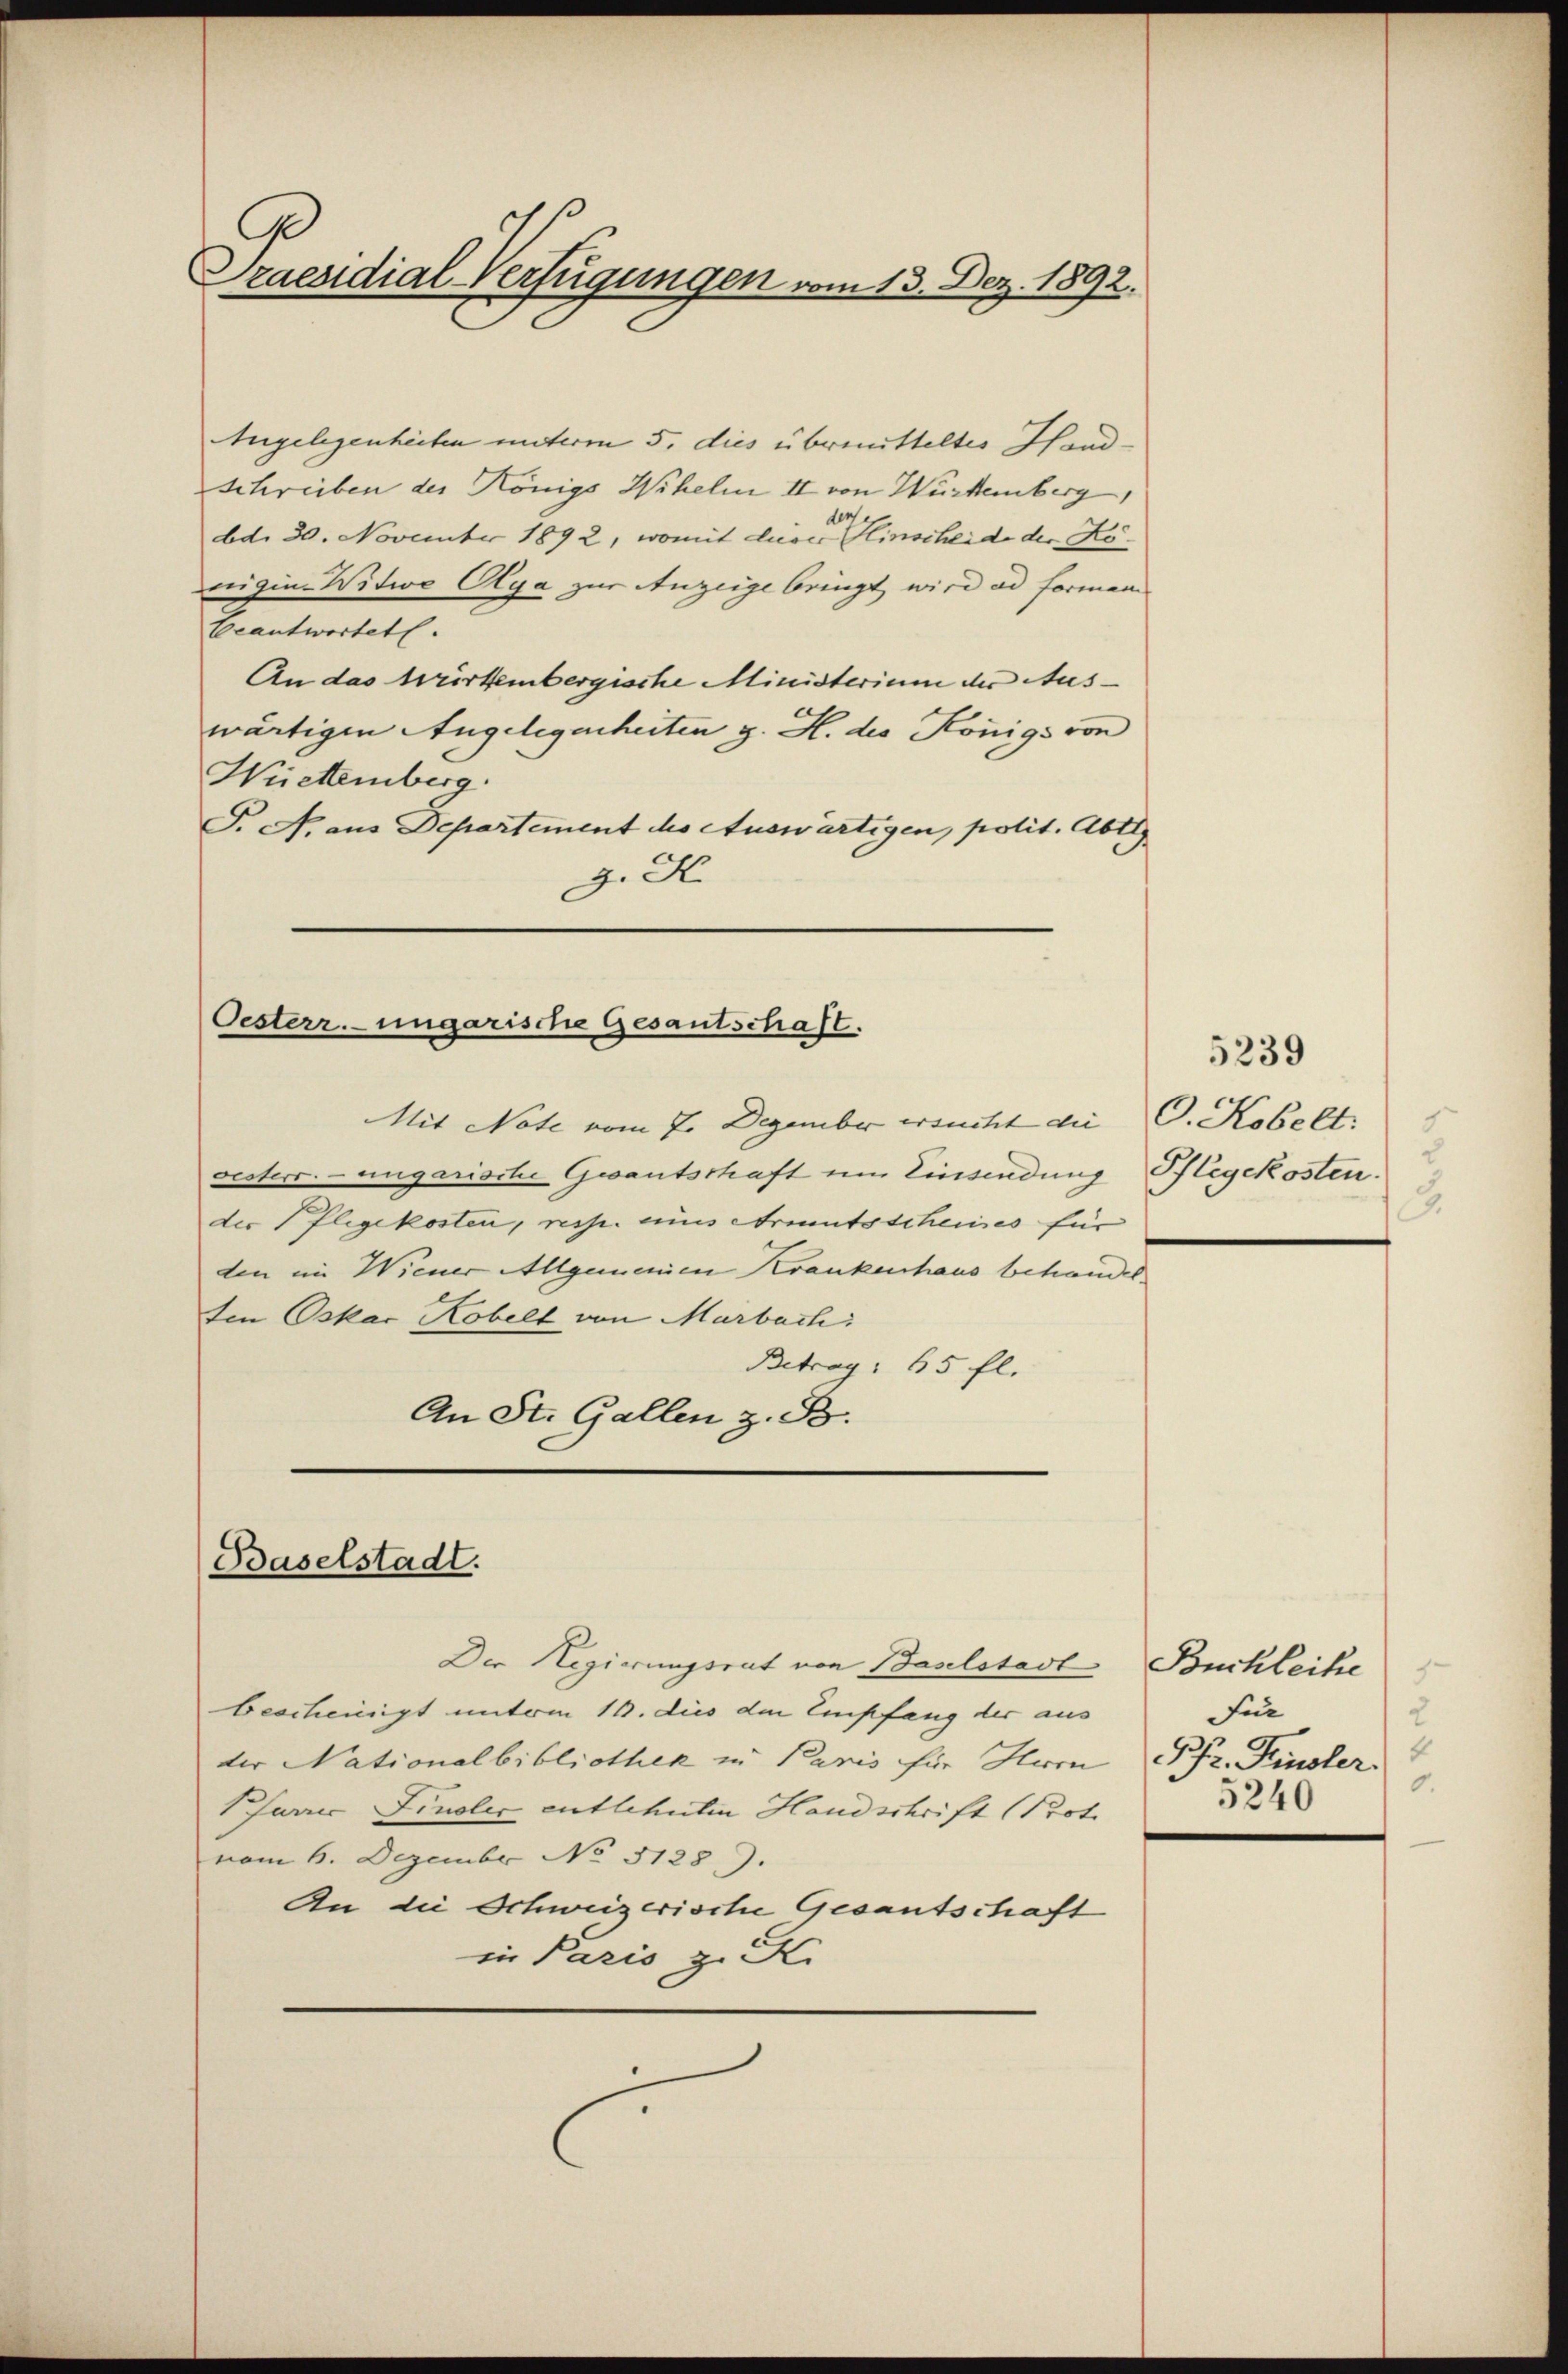
Praesidial-Verfügungen vom 13. Dez. 1892.

Angelegenheiten unterm 5. dies übermitteltes Hand¬
Schreiben des Königs Wihelm II von Würtemberg
dd. 30. November 1892, womit dieses einscheide der Köreigine Witwe Aga zur Anzeige bringt wird ad Formen
beantwortet.
An das Würtembergische Ministerium der Aus-
wärtigen Angelegenheiten z. H. des Königs von
Wiettemberg.
F. N. aus Departement die Auswärtigen, polit. Abte
z. F

Oesterr. ungarische Gesantschaft.

Mit Note vom 7. Dezember ersucht die C. Kobelt:
sesters. - ungarische Gautschaft im Einsendung Hlegekosten.
der Pflegekosten, resp. eins Armutsscheines für
den im Wiener Allgemeinen Krankenhaus behandelten Oskar Kobelt von Marbach:
Betrag: 65 fl.
An St. Gallen z. B.

Baselstadt.

Die Regierungsrat von Baselstadt
bescheinigt unterm 11. dies den Empfang der aus
ter Nationalbibliothek zu Paris für Hurn
Phurer Finslic entlehnten Handschrift (Prot.
vom 6. Dezember No 5128).
An die Schweizerische Gesantschaft
in Paris z. S.

5239
2
3.

Buchleihe
für
2
Pfr. Finsler.
0.
5240